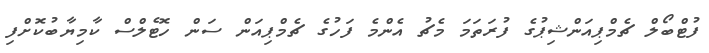
ފުޓްބޯލް ޗެމްޕިއަންޝިޕުގެ ފުރަތަމަ މެޗު އެންމެ ފަހުގެ ޗެމްޕިއަން ސަން ހޮޓެލްސް ކާމިޔާބުކޮށްފި